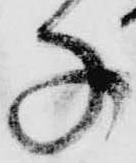
子